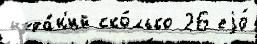
изда́н'ий ско́лько 26 еjо́